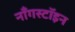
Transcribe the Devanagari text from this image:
नॉँगस्टॉइन